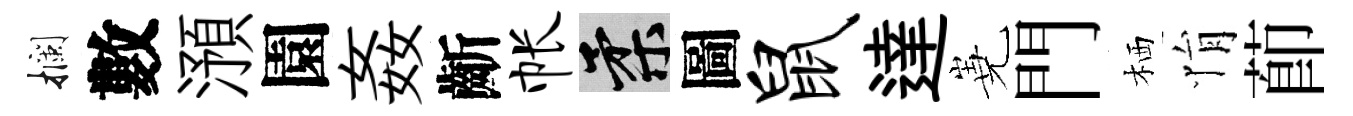
攔數澦園姦齗帐柔圖鼠達嶤門栖悁莭